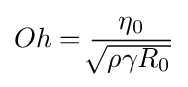
Oh={\frac {\eta _{0}}{\sqrt[{}]{\rho \gamma R_{0}}}}